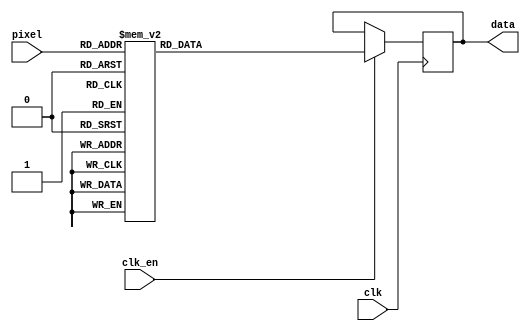
module g_blue_lut(
	input clk,
	input clk_en,
	input [4:0] pixel,

	output reg [7:0] data
);

	always@(posedge clk) begin
		if(clk_en) begin
			case(pixel)
				5'h00: data <= 8'b00000000;
				5'h01: data <= 8'b00001011;
				5'h02: data <= 8'b00010001;
				5'h03: data <= 8'b00010110;
				5'h04: data <= 8'b00011001;
				5'h05: data <= 8'b00011101;
				5'h06: data <= 8'b00011111;
				5'h07: data <= 8'b00100001;
				5'h08: data <= 8'b00100011;
				5'h09: data <= 8'b00100101;
				5'h0A: data <= 8'b00100110;
				5'h0B: data <= 8'b00101000;
				5'h0C: data <= 8'b00101010;
				5'h0D: data <= 8'b00101100;
				5'h0E: data <= 8'b00101110;
				5'h0F: data <= 8'b00110000;
				5'h10: data <= 8'b00110010;
				5'h11: data <= 8'b00110100;
				5'h12: data <= 8'b00110110;
				5'h13: data <= 8'b00110111;
				5'h14: data <= 8'b00111001;
				5'h15: data <= 8'b00111010;
				5'h16: data <= 8'b00111100;
				5'h17: data <= 8'b00111101;
				5'h18: data <= 8'b00111111;
				5'h19: data <= 8'b01000000;
				5'h1A: data <= 8'b01000000;
				5'h1B: data <= 8'b01000001;
				5'h1C: data <= 8'b01000010;
				5'h1D: data <= 8'b01000011;
				5'h1E: data <= 8'b01000100;
				5'h1F: data <= 8'b01001001;
			endcase
		end
	end

endmodule